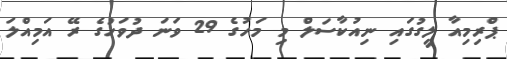
ޕްރިމިއާ ލީގުގައި ނިއުކާސަލް މި މަހުގެ 29 ވަނަ ދުވަހުގެ ރޭ އަމިއްލަ